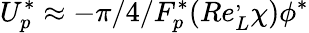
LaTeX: U_{p}^{*}\approx-\pi/4/F_{p}^{*}(Re_{L}^{,}\chi)\phi^{*}